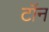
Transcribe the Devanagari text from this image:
टॉन